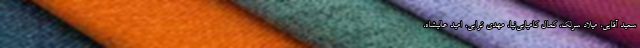
سعید آقایی، میلاد سرلک، کمال کامیابی‌نیا، مهدی ترابی، امید عالیشاه،